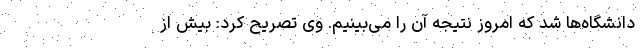
دانشگاه‌ها شد که امروز نتیجه آن را می‌بینیم. وی تصریح کرد: بیش از